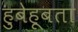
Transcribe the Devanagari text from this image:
हुबेहूबता